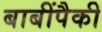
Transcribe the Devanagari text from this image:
बाबींपैकी